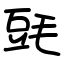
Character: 毭